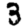
Digit: 3